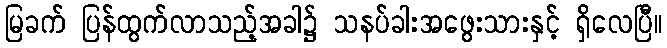
မြခက် ပြန်ထွက်လာသည့်အခါ၌ သနပ်ခါးအဖွေးသားနှင့် ရှိလေပြီ။